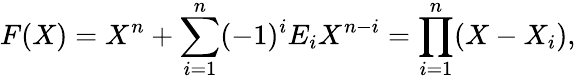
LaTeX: F(X)=X^{n}+\sum_{i=1}^{n}(-1)^{i}E_{i}X^{n-i}=\prod_{i=1}^{n}(X-X_{i}),